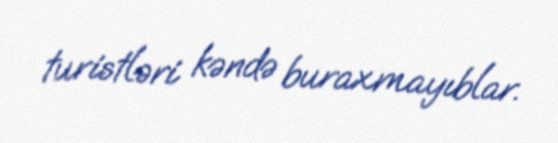
turistləri kəndə buraxmayıblar.